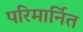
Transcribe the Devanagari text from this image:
परिमार्नित